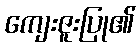
ကျေးဇူးပြု၏